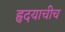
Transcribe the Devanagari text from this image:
हृदयाचीच